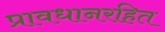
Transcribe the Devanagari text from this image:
प्रावधानरहित